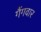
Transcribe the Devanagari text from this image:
गैंगवार